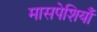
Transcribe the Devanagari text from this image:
मासपेशियाँ